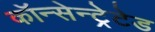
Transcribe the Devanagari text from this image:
कॉन्सेन्ट्रेटेड